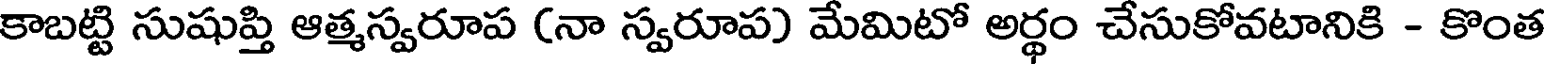
కాబట్టి సుషుప్తి ఆత్మస్వరూప (నా స్వరూప) మేమిటో అర్థం చేసుకోవటానికి - కొంత